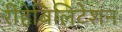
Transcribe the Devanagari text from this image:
रीहेबिलिटेशन